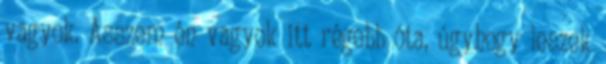
vagyok. Asszem én vagyok itt régebb óta, úgyhogy leszek